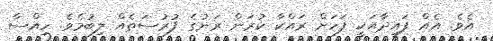
އެވެ. އެއް ފައިދާއަކީ ފަހަށް ރައްކާ ކުރަން ރަނުގެ ފުރުސަތެއް ލިބުމެވެ. ހިއްސާ